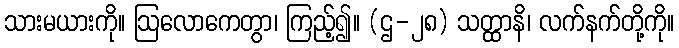
သားမယားကို။ ဩလောကေတွာ၊ ကြည့်၍။ (ဌ-၂၈) သတ္ထာနိ၊ လက်နက်တို့ကို။